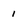
Character: 1